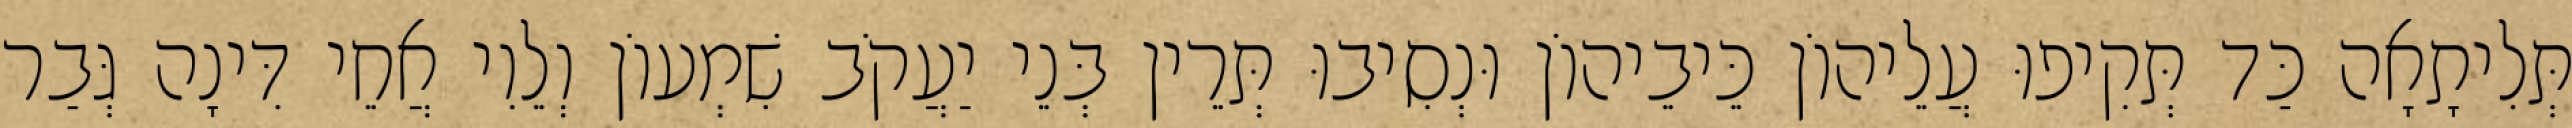
תְּלִיתָאָה כַּד תְּקִיפוּ עֲלֵיהוֹן כֵּיבֵיהוֹן וּנְסִיבוּ תְּרֵין בְּנֵי יַעֲקֹב שִׁמְעוֹן וְלֵוִי אֲחֵי דִּינָה גְּבַר